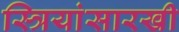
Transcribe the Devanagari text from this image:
स्त्रियांसारखी